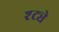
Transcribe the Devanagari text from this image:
श्ट्ये